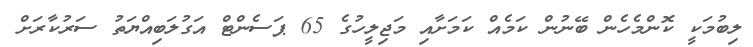
ލިބުމަކީ ކޮންމެހެން ބޭނުން ކަމެއް ކަމަށާއި މަޖިލީހުގެ 65 ޕަސެންޓް އަގުލަބިއްޔަތު ސަރުކާރަށް